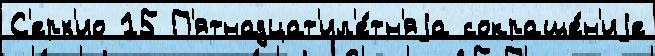
С'ерх'ио 15 П'ятнадцат'ил'е́тн'яjа сокраще́н'иjе